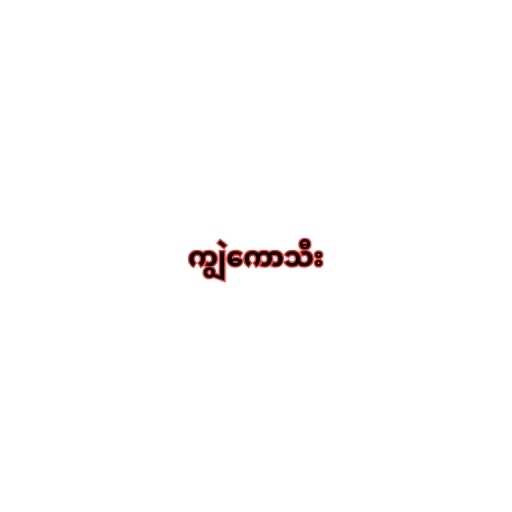
ကျွဲကောသီး